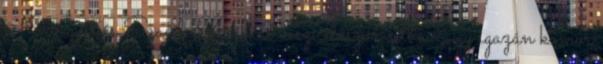
Norvégiát és Szaúd-Arábiát veszi először célba Egy igazán komor